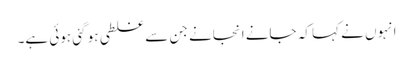
انہوں نے کہا کہ جانے انجانے جن سے غلطی ہو گئی ہوئی ہے۔